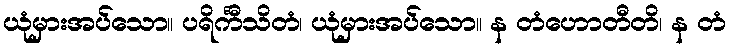
ယုံမှားအပ်သော။ ပရိင်္ကီသိတံ၊ ယုံမှားအပ်သော။ န တံဟောတီတိ၊ န တံ